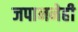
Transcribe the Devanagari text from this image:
जपाननेही